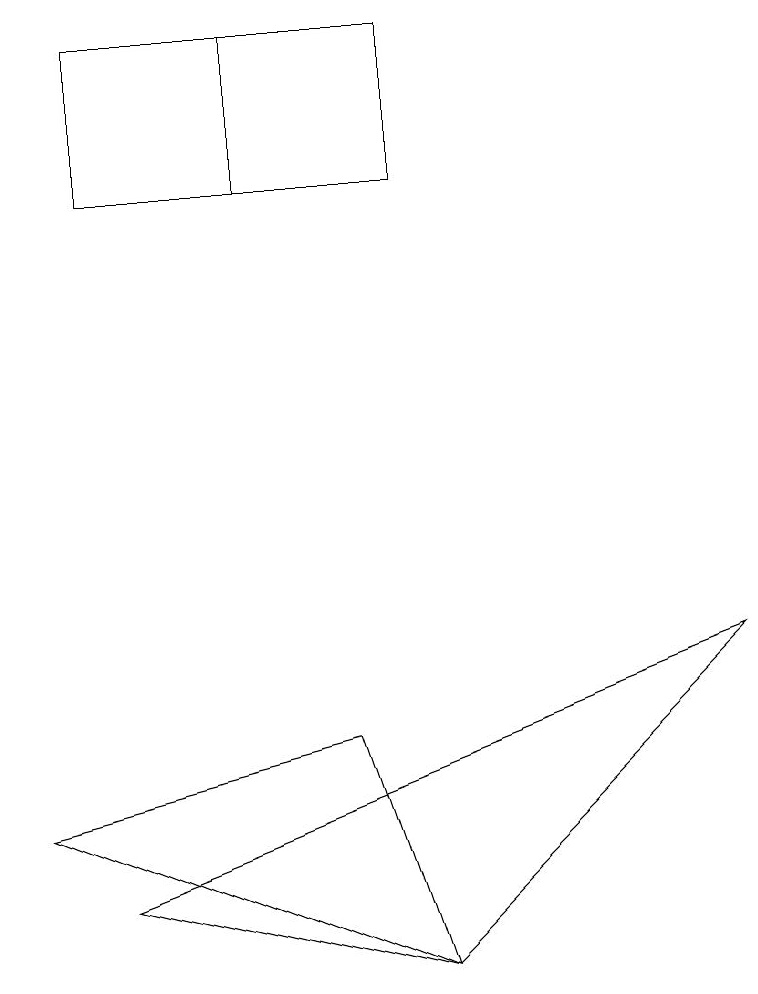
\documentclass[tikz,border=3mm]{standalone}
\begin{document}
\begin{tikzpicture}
\draw (5,3) -- (0,5) -- (4,6) -- cycle;
\draw (1,15) rectangle (3,13);
\draw (1,13) rectangle (5,15);
\draw (9,7) -- (1,4) -- (5,3) -- cycle;
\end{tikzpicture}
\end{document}